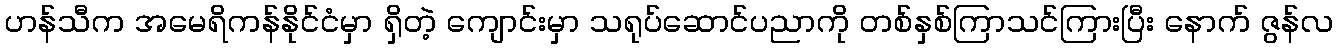
ဟန်သီက အမေရိကန်နိုင်ငံမှာ ရှိတဲ့ ကျောင်းမှာ သရုပ်ဆောင်ပညာကို တစ်နှစ်ကြာသင်ကြားပြီး နောက် ဇွန်လ